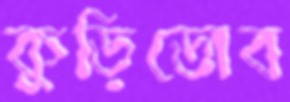
কুড়িডোব